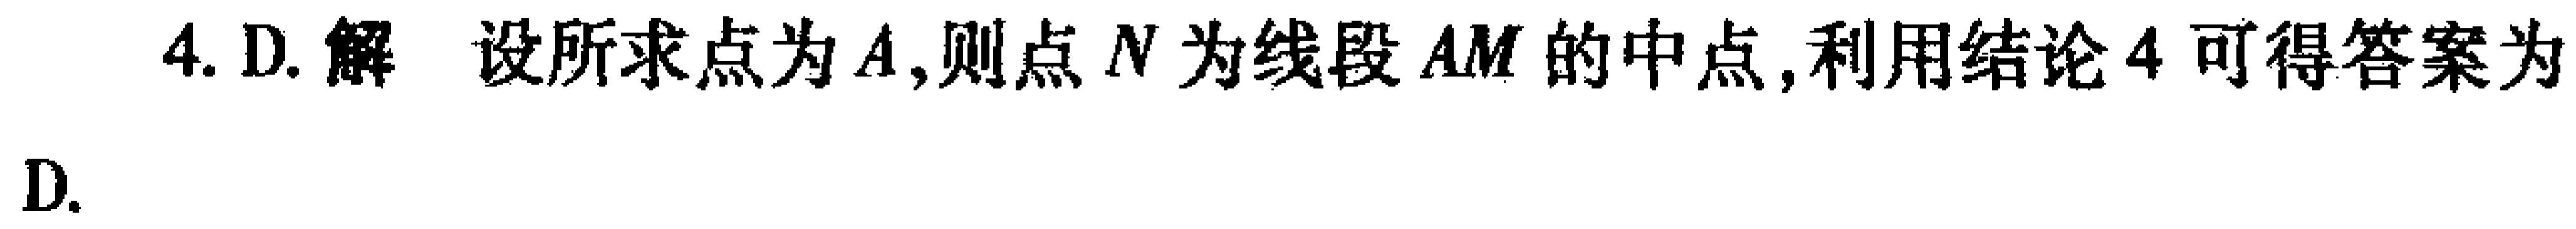
4. D. 解 设所求点为\(A\)，则点\(N\)为线段\(AM\)的中点，利用结论4可得答案为
D.